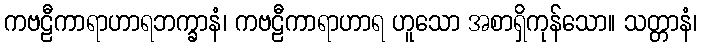
ကဗဠီကာရာဟာရဘက္ခာနံ၊ ကဗဠီကာရာဟာရ ဟူသော အစာရှိကုန်သော။ သတ္တာနံ၊